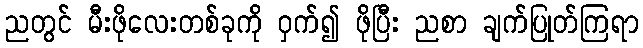
ညတွင် မီးဖိုလေးတစ်ခုကို ဝှက်၍ ဖိုပြီး ညစာ ချက်ပြုတ်ကြရာ